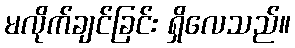
မလိုက်ချင်ခြင်း ရှိလေသည်။